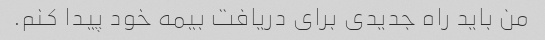
من باید راه جدیدی برای دریافت بیمه خود پیدا کنم.